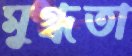
মুগ্ধতা